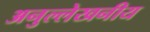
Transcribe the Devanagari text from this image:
अनुल्लेखनीय